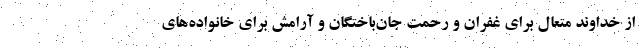
از خداوند متعال برای غفران و رحمت جان‌باختگان و آرامش برای خانواده‌های